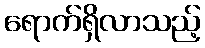
ရောက်ရှိလာသည့်